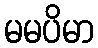
မမပိမာ